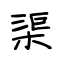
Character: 渠